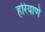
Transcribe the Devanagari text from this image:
हरियाणें